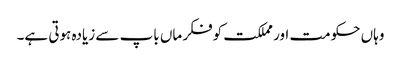
وہاں حکومت اور مملکت کوفکر ماں باپ سے زیادہ ہوتی ہے۔